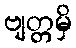
ဗျတ္တမှိ